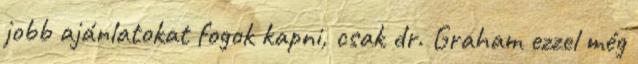
jobb ajánlatokat fogok kapni, csak dr. Graham ezzel még